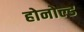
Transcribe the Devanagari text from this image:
होनोल्ड